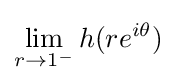
\lim _{r\to 1^{-}}h(re^{i\theta })